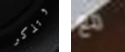
وتذكر مع